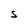
Character: S